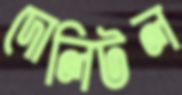
দোলিটল